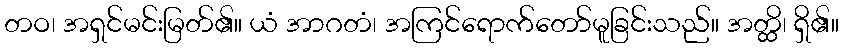
တဝ၊ အရှင်မင်းမြတ်၏။ ယံ အာဂတံ၊ အကြင်ရောက်တော်မူခြင်းသည်။ အတ္ထိ၊ ရှိ၏။